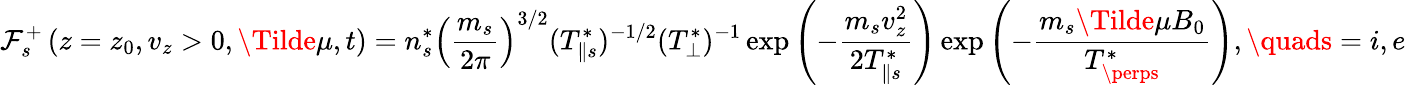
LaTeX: \mathcal{F}_{s}^{+}\left(z=z_{0},v_{z}>0,\Tilde{\mu},t\right)=n_{s}^{*}\left(\frac{{m_{s}}}{{2\pi}}\right)^{3/2}(T_{\| s}^{*})^{-1/2}(T_{\perp}^{*})^{-1}\exp\left(-\frac{{m_{s}v_{z}^{2}}}{{2T_{\| s}^{*}}}\right)\exp\left(-\frac{{m_{s}\Tilde{\mu}B_{0}}}{{T_{\perps}^{*}}}\right),\quads=i,e